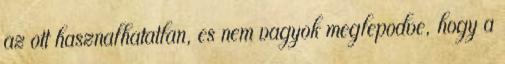
az ott hasznalhatatlan, es nem vagyok meglepodve, hogy a